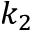
k _ { 2 }